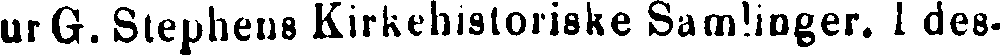
ur G. Stepheus Kirkehistoriske Samlinger. I des-